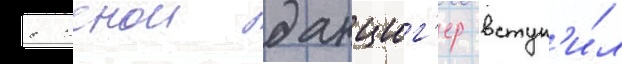
с женои данциг'ер вступ'и́л